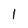
Character: l